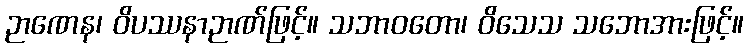
ဉာဏေန၊ ဝိပဿနာဉာဏ်ဖြင့်။ သဘာဝတော၊ ဝိသေသ သဘောအားဖြင့်။